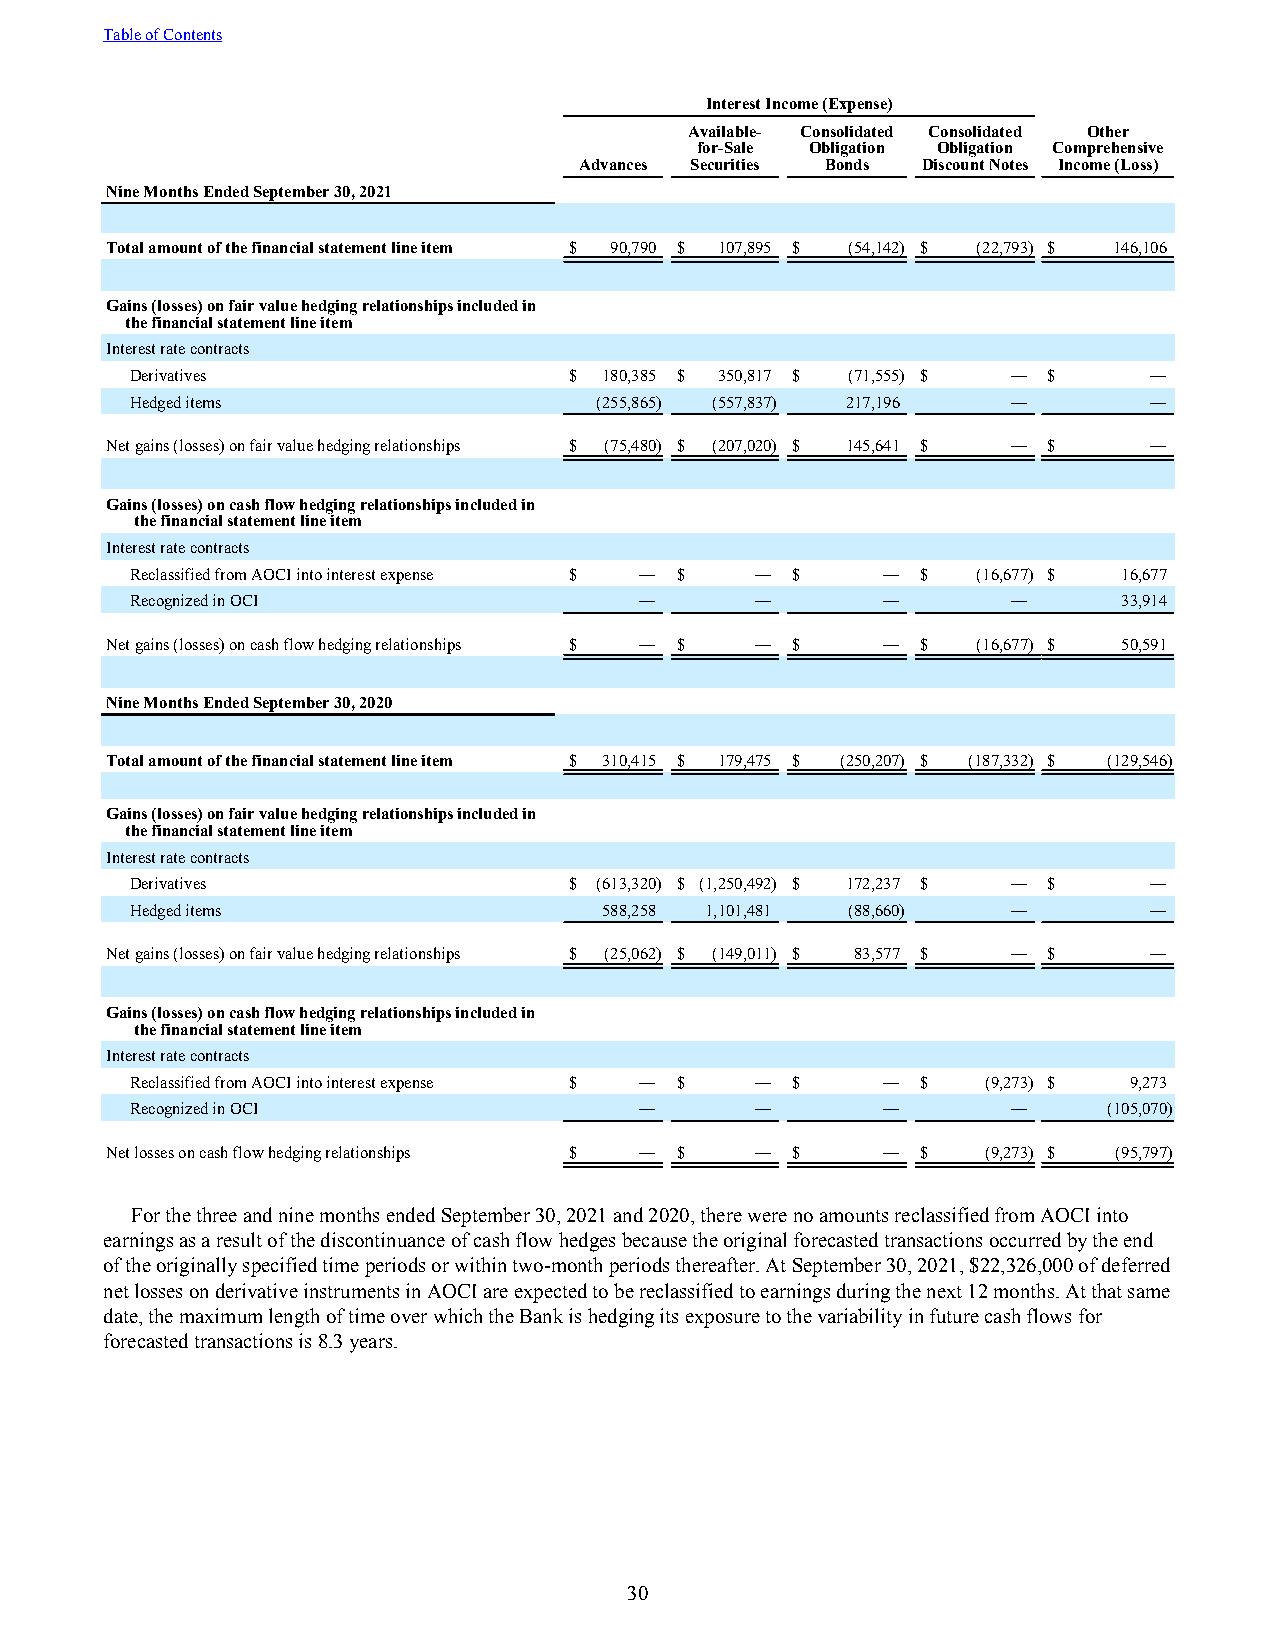
Table of Contents
 Interest Income (Expense)
 Available- Consolidated Consolidated Other
 for-Sale Obligation Obligation Comprehensive
 Advances Securities Bonds Discount Notes Income (Loss)
 Nine Months Ended September 30, 2021
 Total amount of the financial statement line item $ 90,790 $ 107,895 $ (54,142) $ (22,793) $ 146,106
 Gains (losses) on fair value hedging relationships included in
 the financial statement line item
 Interest rate contracts
 Derivatives                  $ 180,385 $ 350,817 $ (71,555) $ — $  —
 Hedged items                  (255,865) (557,837) 217,196 —        —
 Net gains (losses) on fair value hedging relationships $ (75,480) $ (207,020) $ 145,641 $ — $ —
 Gains (losses) on cash flow hedging relationships included in
 the financial statement line item
 Interest rate contracts
 Reclassified from AOCI into interest expense $ — $ — $ — $ (16,677) $ 16,677
 Recognized in OCI                —       —       —        —      33,914
 Net gains (losses) on cash flow hedging relationships $ — $ — $ — $ (16,677) $ 50,591
 Nine Months Ended September 30, 2020
 Total amount of the financial statement line item $ 310,415 $ 179,475 $ (250,207) $ (187,332) $ (129,546)
 Gains (losses) on fair value hedging relationships included in
 the financial statement line item
 Interest rate contracts
 Derivatives                  $ (613,320) $ (1,250,492) $ 172,237 $ — $ —
 Hedged items                   588,258 1,101,481 (88,660) —        —
 Net gains (losses) on fair value hedging relationships $ (25,062) $ (149,011) $ 83,577 $ — $ —
 Gains (losses) on cash flow hedging relationships included in
 the financial statement line item
 Interest rate contracts
 Reclassified from AOCI into interest expense $ — $ — $ — $ (9,273) $ 9,273
 Recognized in OCI                —       —       —        —     (105,070)
 Net losses on cash flow hedging relationships $ — $ — $ — $ (9,273) $ (95,797)
 For the three and nine months ended September 30, 2021 and 2020, there were no amounts reclassified from AOCI into
 earnings as a result of the discontinuance of cash flow hedges because the original forecasted transactions occurred by the end
 of the originally specified time periods or within two-month periods thereafter. At September 30, 2021, $22,326,000 of deferred
 net losses on derivative instruments in AOCI are expected to be reclassified to earnings during the next 12 months. At that same
 date, the maximum length of time over which the Bank is hedging its exposure to the variability in future cash flows for
 forecasted transactions is 8.3 years.
 30